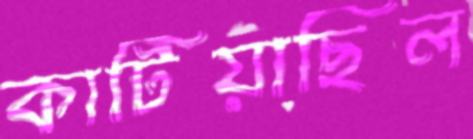
কাটিয়াছিল